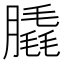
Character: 膬